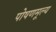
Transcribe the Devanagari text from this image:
पोषणमूल्य